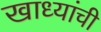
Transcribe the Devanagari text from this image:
खाध्यांची